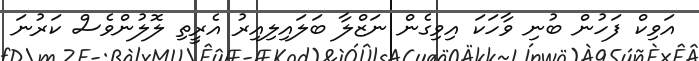
އަވިކް ފަހުން ބުނި ވާހަކަ އިވިގެން ނަޒްލާ ބަލައިލިއިރު އެރީތި ލޮލުންވެސް ކަރުނަ